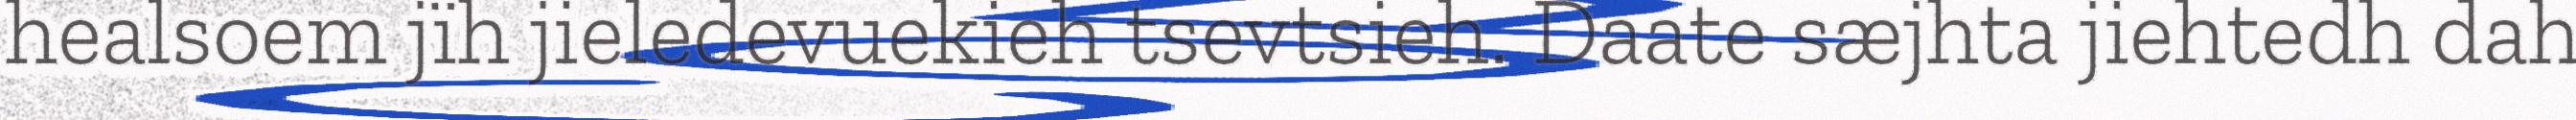
healsoem jïh jieledevuekieh tsevtsieh. Daate sæjhta jiehtedh dah